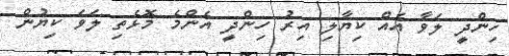
ހިންދީ ލަވާ އެއް ކިޔާލި އިރު ހިންދީ އެންމެ މޮޅެތި ލަވަ ކިޔުން